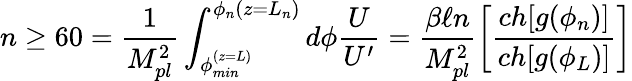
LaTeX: n\geq 60=\frac{1}{M_{pl}^{2}}\int_{\phi_{min}^{(z=L)}}^{\phi_{n}(z=L_{n})}d\phi\frac{U}{U^{\prime}}=\frac{\beta\ell n}{M_{pl}^{2}}\left[\frac{ch[g(\phi_{n})]}{ch[g(\phi_{L})]}\right]